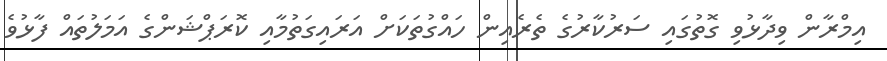
އިމްރާން ވިދާޅުވި ގޮތުގައި ސަރުކާރުގެ ތެރެއިން ހައްގުތަކަށް އަރައިގަތުމާއި ކޮރަޕްޝަންގެ އަމަލުތައް ފާޅުވެ